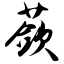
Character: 蔹